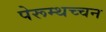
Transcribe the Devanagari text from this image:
पेरूम्थच्चन